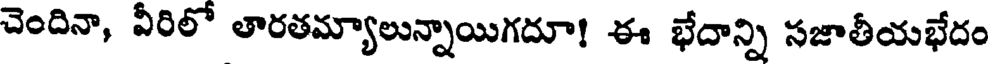
చెందినా, వీరిలో తారతమ్యాలున్నాయిగదూ! ఈ భేదాన్ని సజాతీయభేదం